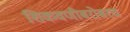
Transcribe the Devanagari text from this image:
शिकवणीबरोबरच